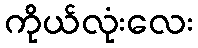
ကိုယ်လုံးလေး